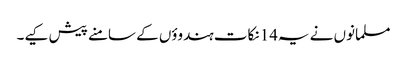
مسلمانوں نے یہ14 نکات ہندوؤں کے سامنے پیش کیے۔